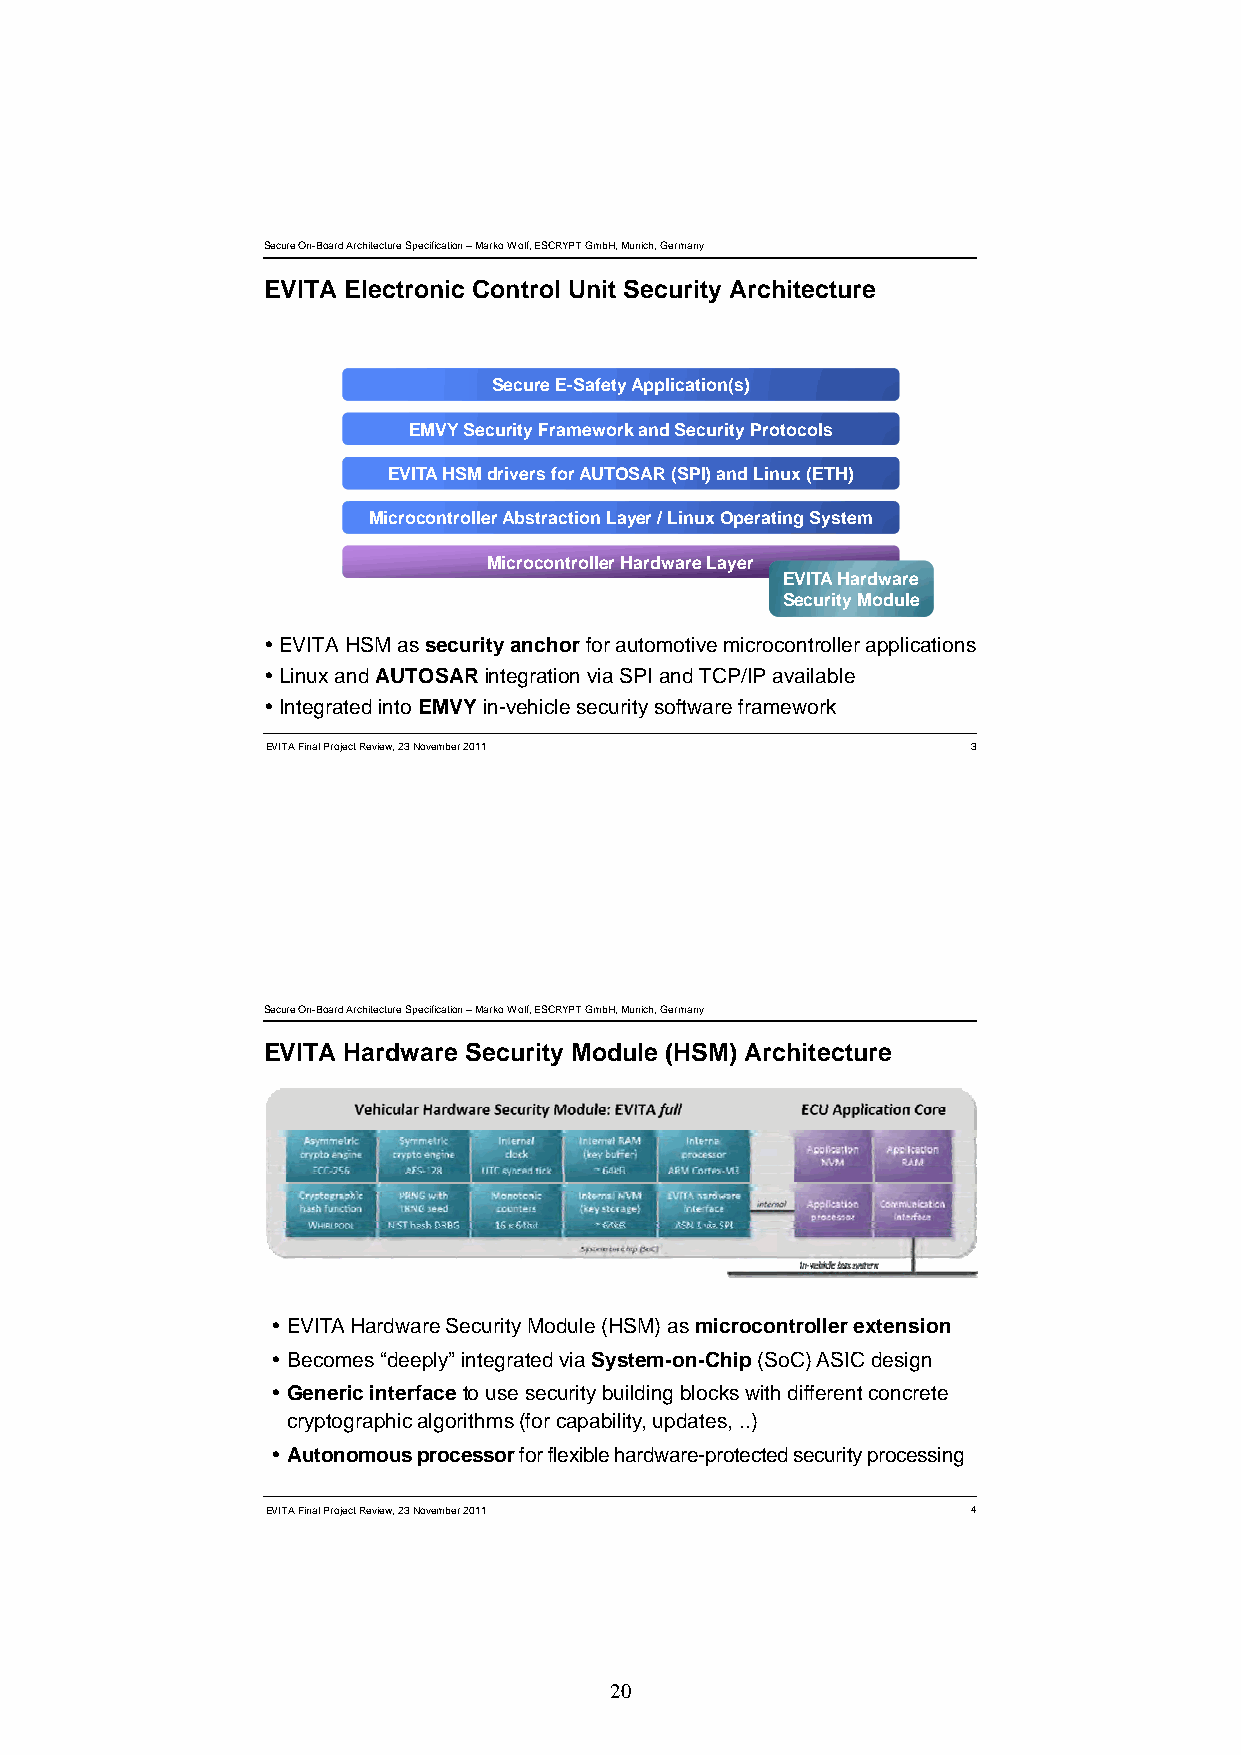
Secure On-Board Architecture Specification –Marko Wolf, ESCRYPT GmbH, Munich, Germany
 EVITA Electronic Control Unit Security Architecture
 SSeeccuurree EE--SSaaffeettyy AApppplliiccaattiioonn((ss))
 EEMMVVYY SSeeccuurriittyy FFrraammeewwoorrkk aanndd SSeeccuurriittyy PPrroottooccoollss
 EEVVIITTAA HHSSMM ddrriivveerrss ffoorr AAUUTTOOSSAARR ((SSPPII)) aanndd LLiinnuuxx ((EETTHH))
 MMiiccrrooccoonnttrroolllleerr AAbbssttrraaccttiioonn LLaayyeerr // LLiinnuuxx OOppeerraattiinngg SSyysstteemm
 MMiiccrrooccoonnttrroolllleerr HHaarrddwwaarree LLaayyeerr
 EEVVIITTAA HHaarrddwwaarree
 SSeeccuurriittyy MMoodduullee
 EVITA HSM as security anchor for automotive microcontroller applications
 Linux and AUTOSARintegration via SPI and TCP/IP available
 Integrated into EMVYin-vehicle security software framework
 EVITA Final Project Review, 23 November 2011  3
 Secure On-Board Architecture Specification –Marko Wolf, ESCRYPT GmbH, Munich, Germany
 EVITA Hardware Security Module (HSM) Architecture
 EVITA Hardware Security Module (HSM) as microcontroller extension
 BBecomes ““ddeeplly”” iinttegrattedd viia SSysttem-on-CChhiip((SSoCC)) AASSIICC ddesiign
 Generic interface to use security building blocks with different concrete
 cryptographic algorithms (for capability, updates, ..)
 Autonomous processorfor flexible hardware-protected security processing
 EVITA Final Project Review, 23 November 2011  4
 20